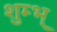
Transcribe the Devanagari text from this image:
शुम्भ्